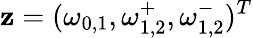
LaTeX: {\mathbf z}=(\omega_{0,1},\omega_{1,2}^{+},\omega_{1,2}^{-})^{T}